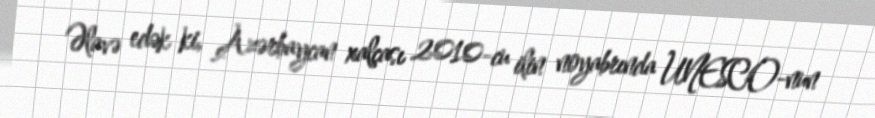
Əlavə edək ki, Azərbaycan xalçası 2010-cu ilin noyabrında UNESCO-nun